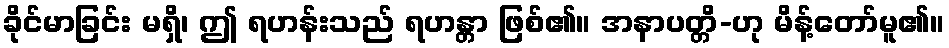
ခိုင်မာခြင်း မရှိ၊ ဤ ရဟန်းသည် ရဟန္တာ ဖြစ်၏။ အနာပတ္တိ-ဟု မိန့်တော်မူ၏။